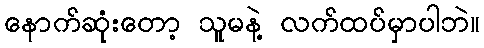
နောက်ဆုံးတော့ သူမနဲ့ လက်ထပ်မှာပါဘဲ။